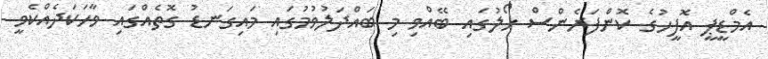
އެމްޑީޕީ އޮފީހުގެ ކޮންފަރެންސް ހޯލުގައި ބޭއްވި މި ބައްދަލުވުމުގައި މައިގަނޑު ގޮތެއްގައި ވާހަކަދެއްކެވީ